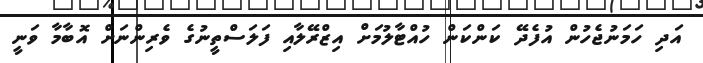
އަދި ހަމަނުޖެހުން އުފެދޭ ކަންކަން ހުއްޓާލުމަށް އިޒްރޭލާއި ފަލަސްތީނުގެ ވެރިންނަށް އޮބާމާ ވަނީ